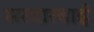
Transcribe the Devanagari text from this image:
सरदारबाई